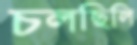
চলছিলি